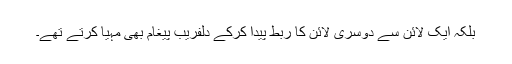
بلکہ ایک لائن سے دوسری لائن کا ربط پیدا کرکے دلفریب پیغام بھی مہیا کرتے تھے۔